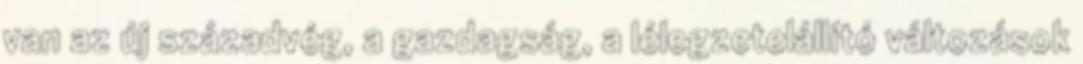
van az új századvég, a gazdagság, a lélegzetelállító változások